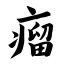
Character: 瘤